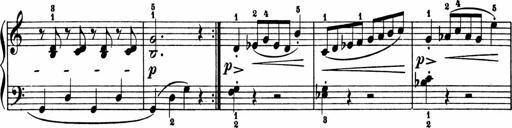
Title: 2 Sonatinen
Composer: Lambertus Adrianus van Tetterode